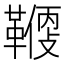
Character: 𩌻